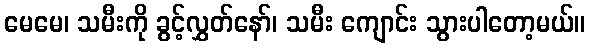
မေမေ၊ သမီးကို ခွင့်လွှတ်နော်၊ သမီး ကျောင်း သွားပါတော့မယ်။